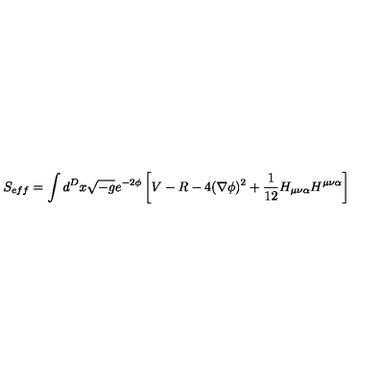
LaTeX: S _ { e f f } = \int d ^ { D } x \sqrt { - g } e ^ { - 2 \phi } \left[ V - R - 4 ( \nabla \phi ) ^ { 2 } + \frac { 1 } { 1 2 } H _ { \mu \nu \alpha } H ^ { \mu \nu \alpha } \right]